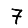
Digit: 7